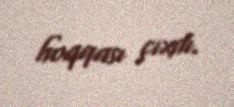
hoqqası çıxdı.